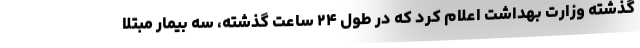
گذشته وزارت بهداشت اعلام کرد که در طول ۲۴ ساعت گذشته، سه بیمار مبتلا